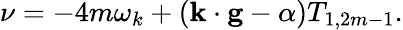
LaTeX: \nu=-4m\omega_{k}+\left(\mathbf{k\cdot g}-\alpha\right)T_{1,2m-1}.